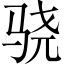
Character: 骁